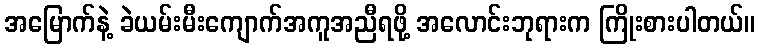
အမြောက်နဲ့ ခဲယမ်းမီးကျောက်အကူအညီရဖို့ အလောင်းဘုရားက ကြိုးစားပါတယ်။